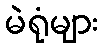
မဲရုံများ